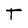
Character: t